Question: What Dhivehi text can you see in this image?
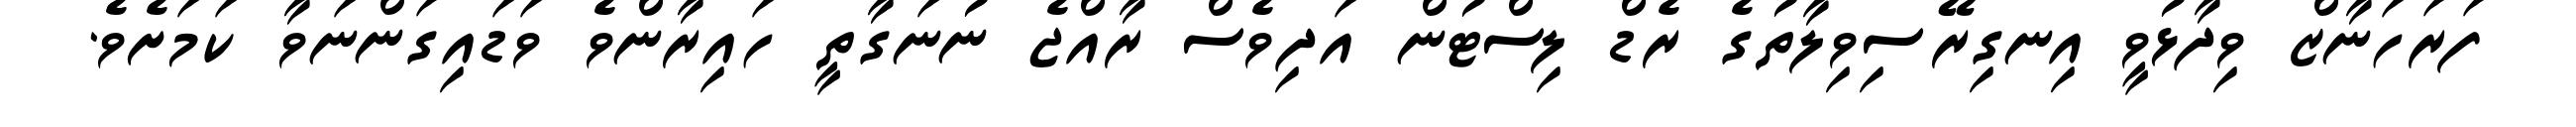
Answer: ފަރަހަނާޒް ވިދާޅުވީ އިނގިރޭސިވިލާތުގެ ރެޑް ލިސްޓުން އަދިވެސް ރާއްޖެ ނުނަގާތީ ހައިރާންވެ ވަޑައިގަންނަވާ ކަމަށެވެ.